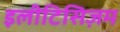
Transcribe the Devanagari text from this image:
इलीटिसिज़म